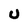
Character: U